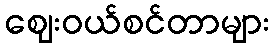
ဈေးဝယ်စင်တာများ